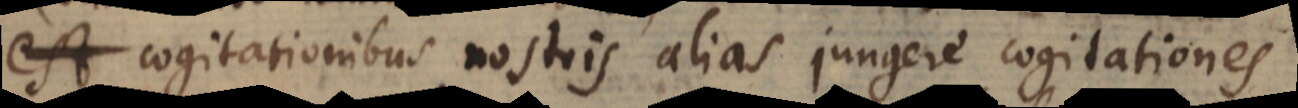
est cogitationibus nostris alias jungere cogitationes